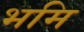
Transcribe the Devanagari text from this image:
भमि